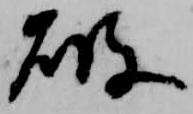
破